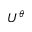
U ^ { \theta }